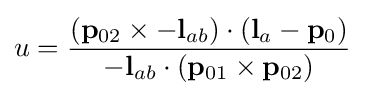
u={\frac {{(\mathbf {p} _{02}\times -\mathbf {l} _{ab})}\cdot (\mathbf {l} _{a}-\mathbf {p} _{0})}{-\mathbf {l} _{ab}\cdot (\mathbf {p} _{01}\times \mathbf {p} _{02})}}